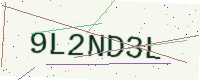
Text: 9L2ND3L